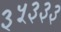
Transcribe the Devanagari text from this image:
३५३३३